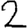
Digit: 2